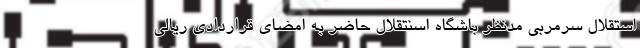
استقلال سرمربی مدنظر باشگاه اسنتقلال حاضر به امضای قراردادی ریالی